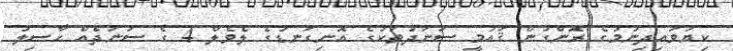
ކިޔަވައިދިނުމުގެ ރޮންގުން ޤައުމީ ސަނަދުތަކުގެ އޮނިގަނޑުގެ ލެވެލް 4 ގެ ސަނަދެއް ހާސިލު